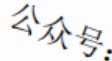
公众号：